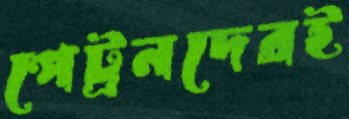
পেট্রনদেরই